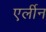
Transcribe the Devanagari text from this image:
एर्लीन